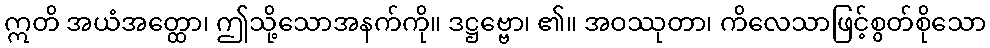
ဣတိ အယံအတ္ထော၊ ဤသို့သောအနက်ကို။ ဒဋ္ဌဗ္ဗော၊ ၏။ အဝဿုတာ၊ ကိလေသာဖြင့်စွတ်စိုသော